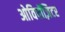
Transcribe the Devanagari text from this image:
ओविपॉज़िटर